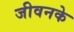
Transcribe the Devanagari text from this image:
जीवनके